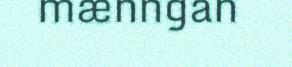
mænngan